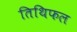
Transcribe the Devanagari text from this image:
तिथिफल